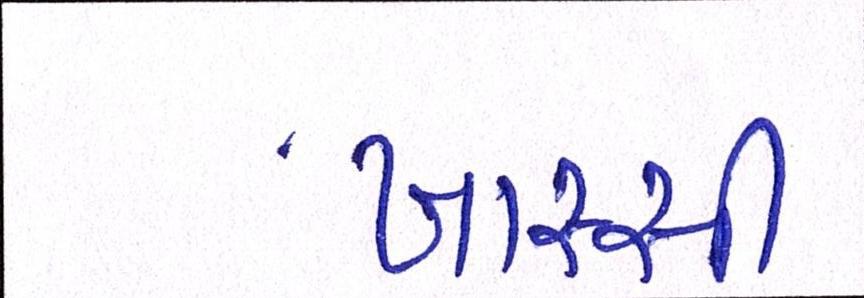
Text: ખાસ્સી